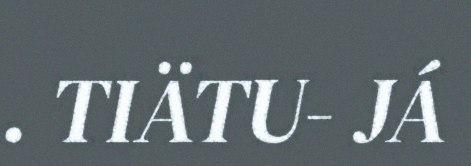
. TIÄTU- JÁ